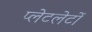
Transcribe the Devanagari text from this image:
प्‍लेटलेटों